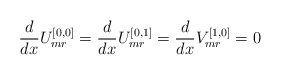
\begin{align*}\frac{d}{dx} U_{mr}^{[0,0]} = \frac{d}{dx} U_{mr}^{[0,1]} =\frac{d}{dx} V_{mr}^{[1,0]} = 0 \end{align*}